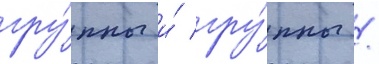
гру́ппы и́ гру́ппы /